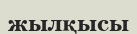
жылқысы